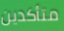
متأكدين